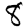
Digit: 8